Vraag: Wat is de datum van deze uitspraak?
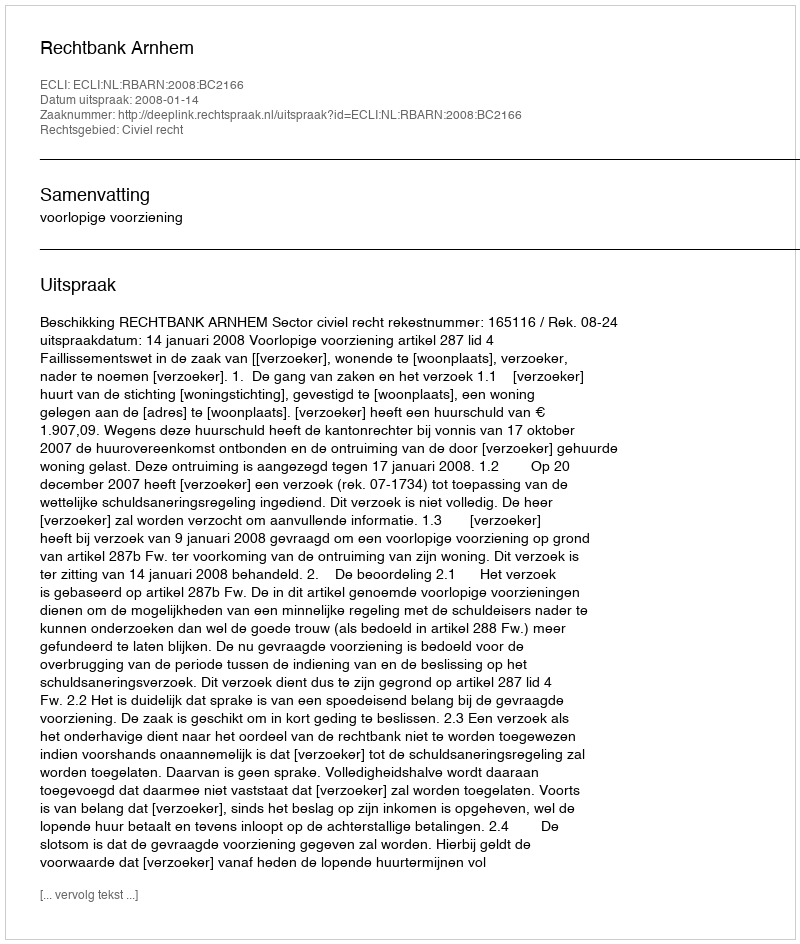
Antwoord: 2008-01-14